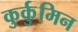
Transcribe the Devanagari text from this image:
कुर्कुमिन